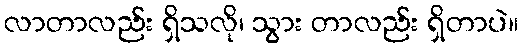
လာတာလည်း ရှိသလို၊ သွား တာလည်း ရှိတာပဲ။